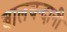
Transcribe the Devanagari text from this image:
बालचन्दानी